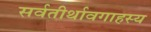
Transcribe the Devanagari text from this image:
सर्वतीर्थावगाहस्य